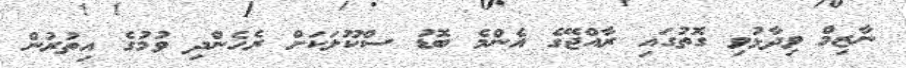
ނާޒިމް ވިދާޅުވި ގޮތުގައި ރާއްޖޭގެ އެންމެ ބޮޑު ސްކޫލަކަށް ރެހެންދި ވުމުގެ އިތުރުން